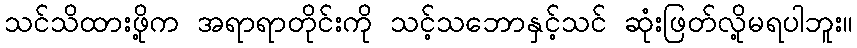
သင်သိထားဖို့က အရာရာတိုင်းကို သင့်သဘောနှင့်သင် ဆုံးဖြတ်လို့မရပါဘူး။